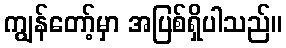
ကျွန်တော့်မှာ အပြစ်ရှိပါသည်။